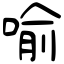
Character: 喻